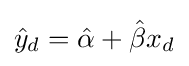
{\hat {y}}_{d}={\hat {\alpha }}+{\hat {\beta }}x_{d}